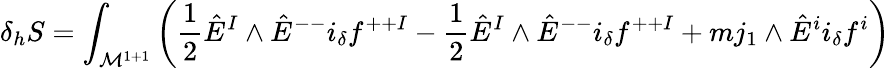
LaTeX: \delta_{h}S=\int_{{\cal M}^{1+1}}\left({\frac{1}{2}}\hat{E}^{I}\wedge\hat{E}^{--}i_{\delta}f^{++I}-{\frac{1}{2}}\hat{E}^{I}\wedge\hat{E}^{--}i_{\delta}f^{++I}+mj_{1}\wedge\hat{E}^{i}i_{\delta}f^{i}\right)